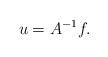
LaTeX: \begin{align*}u=A^{-1}f.\end{align*}